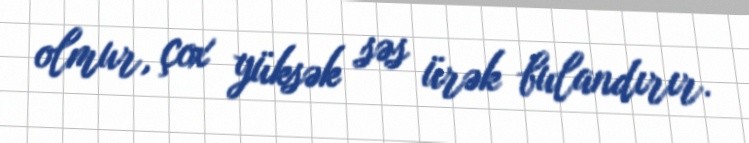
olmur, çox yüksək səs ürək bulandırır.